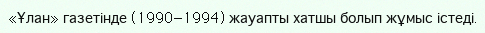
«Ұлан» газетінде (1990—1994) жауапты хатшы болып жұмыс істеді.